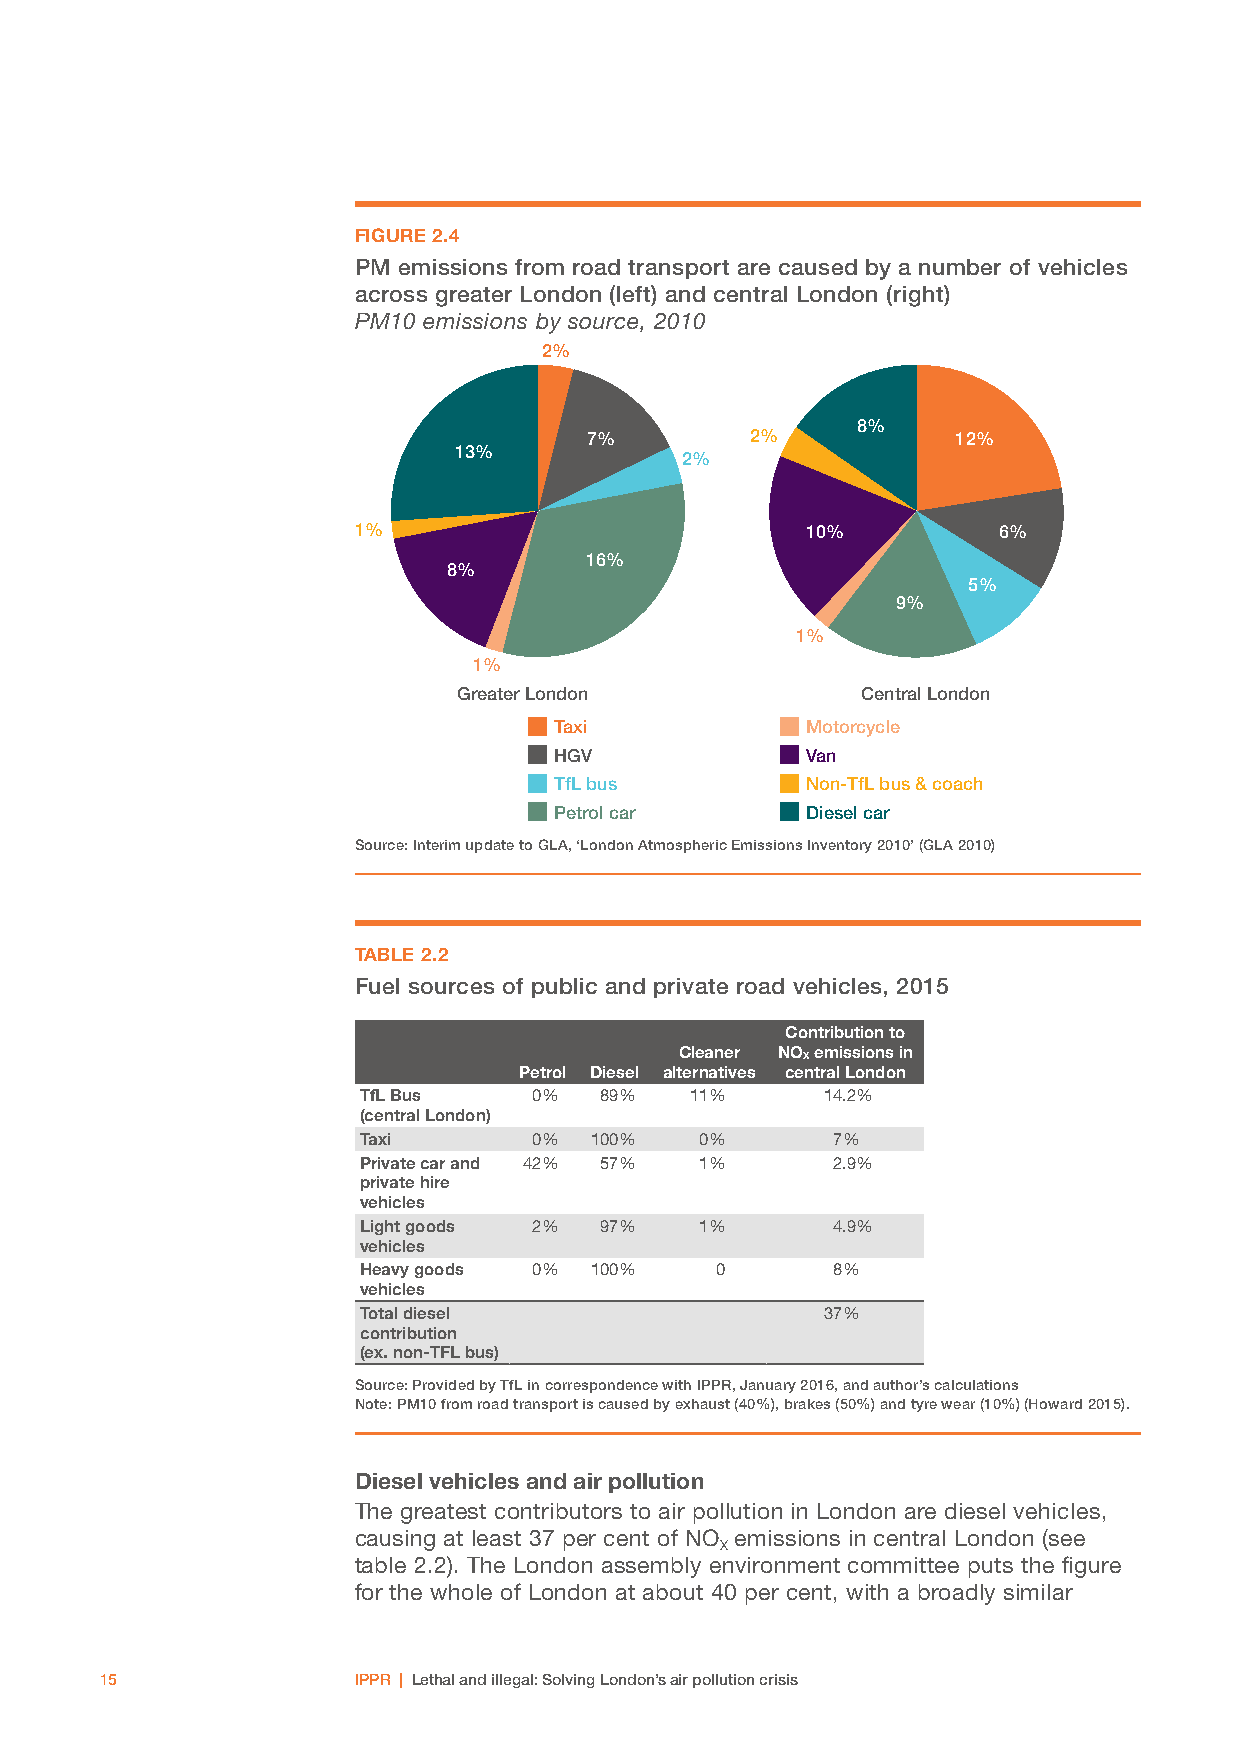
FIGURE 2.4
 PM emissions from road transport are caused by a number of vehicles
 across greater London (left) and central London (right)
 PM10 emissions by source, 2010
 2%
 8%
 7%         2%           12%
 13%
 2%
 1%                            10%          6%
 16%
 8%
 5%
 9%
 1%
 1%
 Greater London             Central London
 Taxi            Motorcycle
 HGV             Van
 TfL bus         Non-TfL bus & coach
 Petrol car      Diesel car
 Source: Interim update to GLA, ‘London Atmospheric Emissions Inventory 2010’ (GLA 2010)
 TABLE 2.2
 Fuel sources of public and private road vehicles, 2015
 Contribution to
 Cleaner NO emissions in
 X
 Petrol Diesel alternatives central London
 TfL Bus    0%   89%   11%     14.2%
 (central London)
 Taxi       0%  100%   0%       7%
 Private car and 42% 57% 1%     2.9%
 private hire
 vehicles
 Light goods 2%  97%   1%       4.9%
 vehicles
 Heavy goods 0% 100%    0       8%
 vehicles
 Total diesel                   37%
 contribution
 (ex. non-TFL bus)
 Source: Provided by TfL in correspondence with IPPR, January 2016, and author’s calculations
 Note: PM10 from road transport is caused by exhaust (40%), brakes (50%) and tyre wear (10%) (Howard 2015).
 Diesel vehicles and air pollution
 The greatest contributors to air pollution in London are diesel vehicles,
 causing at least 37 per cent of NO emissions in central London (see
 X
 table 2.2). The London assembly environment committee puts the figure
 for the whole of London at about 40 per cent, with a broadly similar
 15              IPPR | Lethal and illegal: Solving London’s air pollution crisis